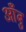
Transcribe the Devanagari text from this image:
आँबु